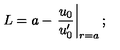
L = a - \left. \frac { u _ { 0 } } { u _ { 0 } ^ { \prime } } \right| _ { r = a } ;